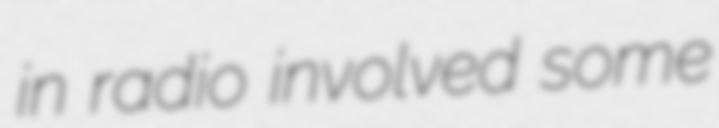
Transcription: in radio involved some